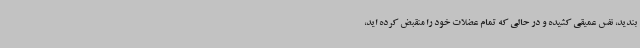
بندید، نفس عمیقی کشیده و در حالی که تمام عضلات خود را منقبض کرده اید،